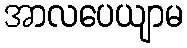
အာလပေယျာမ